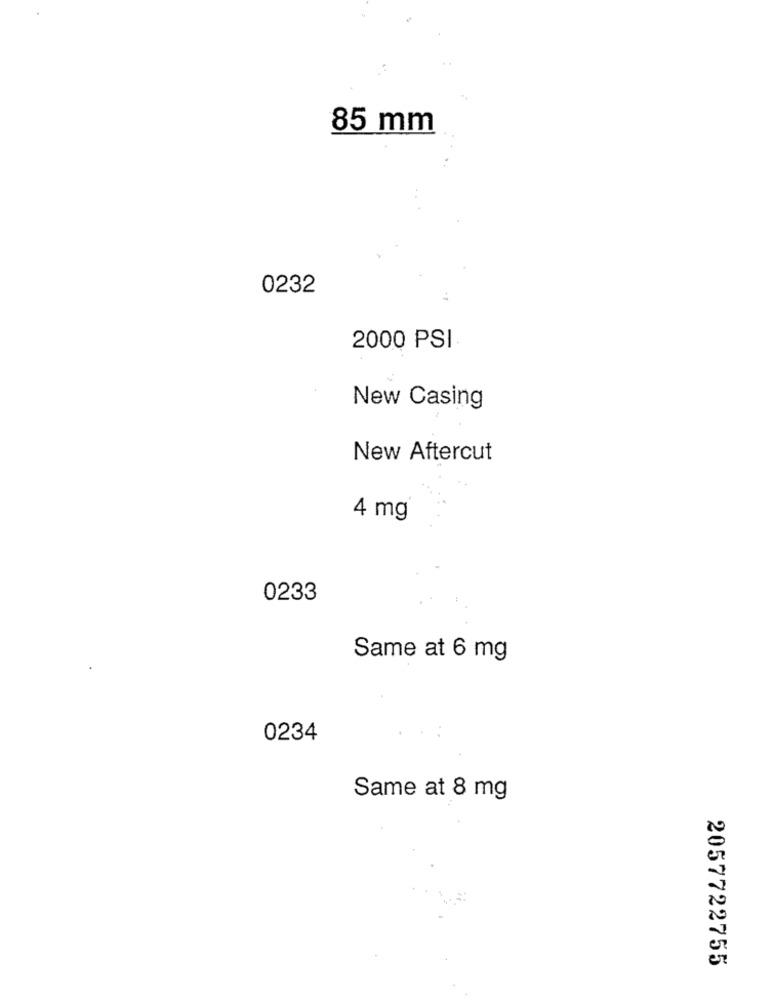
85 mm
0232
2000 PSI
New Casing
New Aftercut
4 mg
0233
Same at 6 mg
0234
Same at 8 mg
2057722755